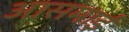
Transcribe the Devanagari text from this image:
आसमाई